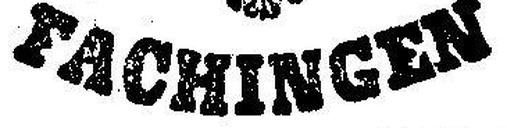
Fachingen